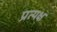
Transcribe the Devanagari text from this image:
प्रत्यक्ष